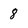
Character: 8